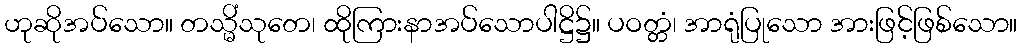
ဟုဆိုအပ်သော။ တသ္မိံသုတေ၊ ထိုကြားနာအပ်သောပါဋ္ဌိ၌။ ပဝတ္တံ၊ အာရုံပြုသော အားဖြင့်ဖြစ်သော။